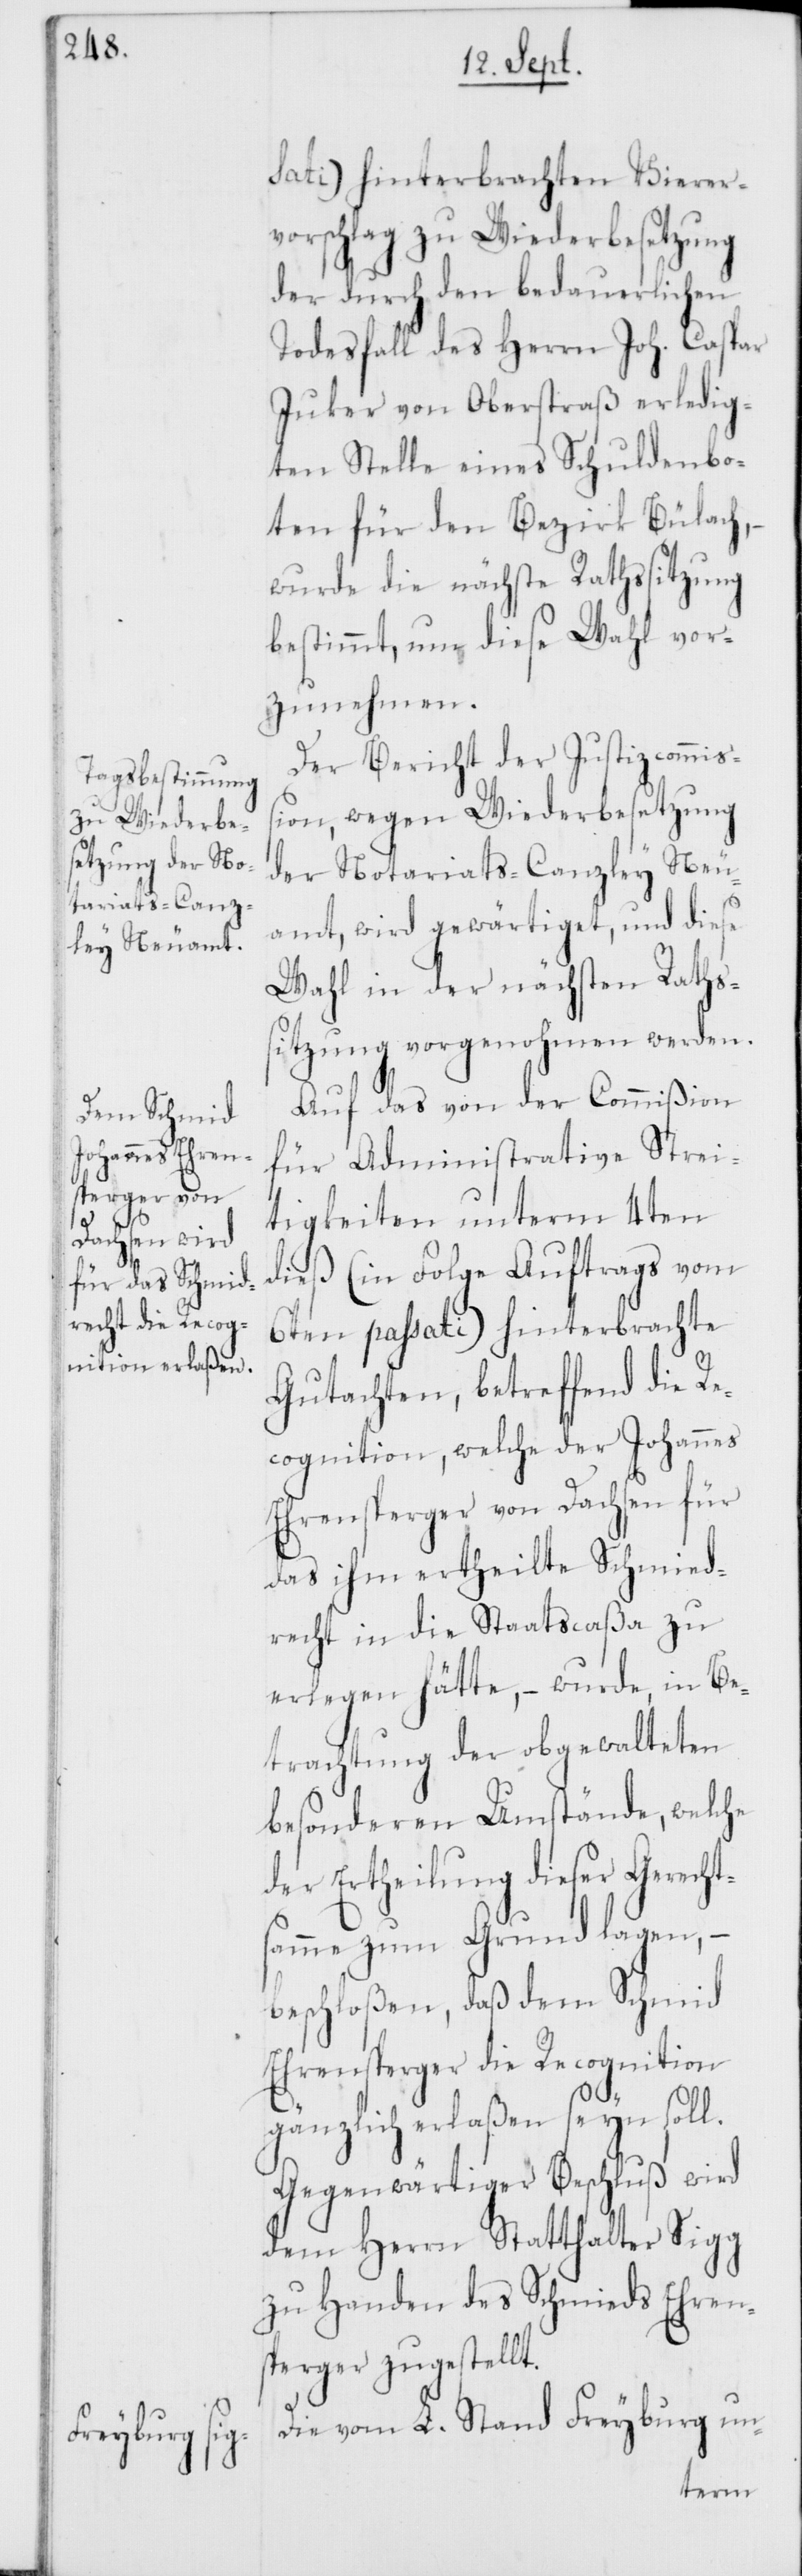
sati) hinterbrachten Vierer¬
vorschlag zu Wiederbesetzung
der durch den bedauerlichen
Todesfall des Herrn Joh. Caspar
Jucker von Oberstraß erledig¬
ten Stelle eines Schuldenbo¬
ten für den Bezirk Bülach,
wurde die nächste Rathssitzung
bestimmt, um diese Wahl vor¬
zunehmen.
Der Bericht der Justizcommiß¬
ion, wegen Wiederbesetzung
der Notariats-Canzley Neu¬
amt, wird gewärtiget, und diese
Wahl in der nächsten Raths¬
sitzung vorgenohmen werden.
Auf das von der Commißion
für Administrative Strei¬
tigkeiten unterm 4ten
dieß (in Folge Auftrags vom
6ten passati) hinterbrachte
Gutachten, betreffend die Re¬
cognition, welche der Johannes
Ehrensperger von Dachsen für
das ihm ertheilte Schmied¬
recht in die Staatscaßa zu
erlegen hätte, – wurde in Be¬
trachtung der obgewalteten
besonderen Umstände, welche
der Ertheilung dieser Gerech¬
tsamme zum Grund lagen, –
beschloßen, daß dem Schmid
Ehrensperger die Recognition
gänzlich erlaßen seyn soll.
Gegenwärtiger Beschluß wird
dem Herrn Statthalter Sigg
zu Handen des Schmieds Ehren¬
sperger zugestellt.
Die vom L. Stand Freyburg un-